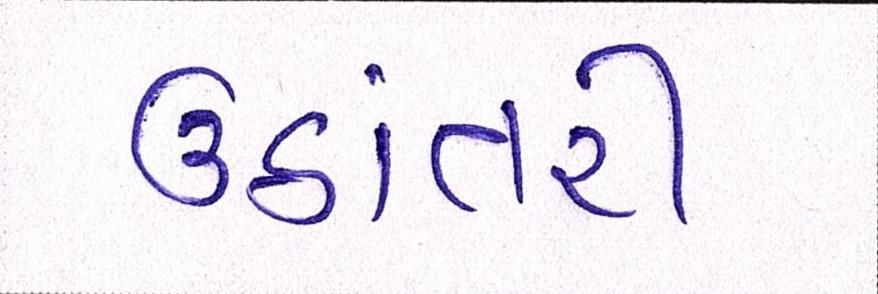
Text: ઉઠાંતરી